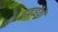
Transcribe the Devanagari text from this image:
हवाईयों